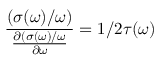
\frac { \relax ( \sigma ( \omega ) / \omega ) } { \frac { \partial \relax ( \sigma ( \omega ) / \omega } { \partial \omega } } = 1 / 2 \tau ( \omega )